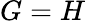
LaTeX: G=H